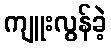
ကျူးလွန်ခဲ့